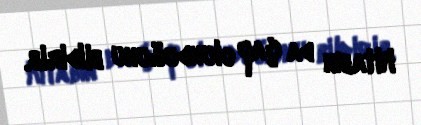
kitabın da çap olunduğunu bildirib.